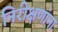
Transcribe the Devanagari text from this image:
निरीक्षणांना